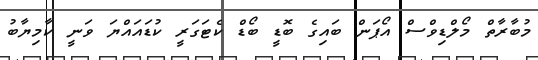
މުބާރާތް މޯލްޑިވްސް އޯޕަން ބައިގެ ބޮޑީ ބޯޑް ކެޓަގަރީ ކުޑައައްޔަ ވަނީ ކާމިޔާބު